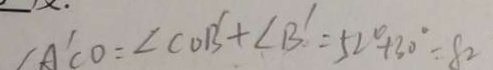
\angle A ^ { \prime } C O = \angle C O B ^ { \prime } + \angle B ^ { \prime } = 5 2 ^ { \circ } + 3 0 ^ { \circ } = 8 2